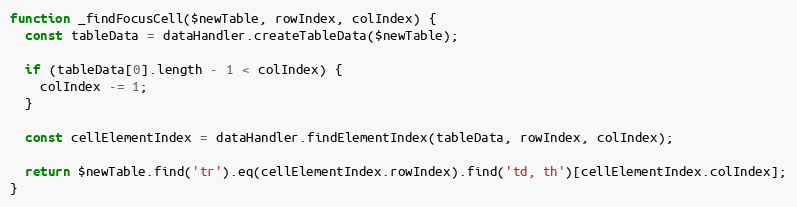
Language: JavaScript
function _findFocusCell($newTable, rowIndex, colIndex) {
  const tableData = dataHandler.createTableData($newTable);

  if (tableData[0].length - 1 < colIndex) {
    colIndex -= 1;
  }

  const cellElementIndex = dataHandler.findElementIndex(tableData, rowIndex, colIndex);

  return $newTable.find('tr').eq(cellElementIndex.rowIndex).find('td, th')[cellElementIndex.colIndex];
}